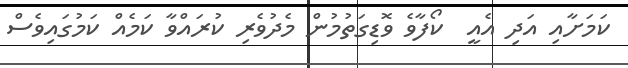
ކަމަށާއި އަދި އެއީ  ކޯފާވެ ވޮޑިގަތުމުން މެދުވެރި ކުރައްވާ ކަމެއް ކަމުގައިވެސް